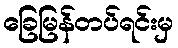
ခြေမြန်တပ်ရင်းမှ